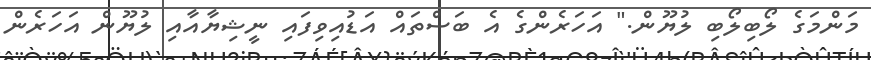
މަންމަގެ ލޯބިލޯބި ލުޔޫން." އަހަރެންގެ އެ ބަސްތައް އަޑުއިވިފައި ނީޝިޔާއާއި ލުޔޫން އަހަރެން